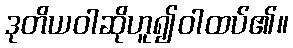
ဒုတိယဝါဆိုဟူ၍ဝါထပ်၏။